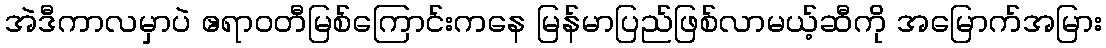
အဲဒီကာလမှာပဲ ဧရာဝတီမြစ်ကြောင်းကနေ မြန်မာပြည်ဖြစ်လာမယ့်ဆီကို အမြောက်အမြား